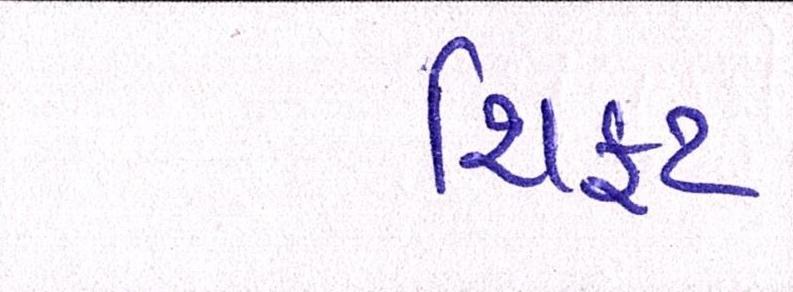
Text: શિફટ